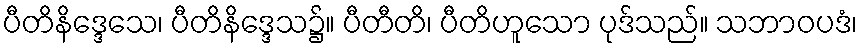
ပီတိနိဒ္ဒေသေ၊ ပီတိနိဒ္ဒေသ၌။ ပီတီတိ၊ ပီတိဟူသော ပုဒ်သည်။ သဘာဝပဒံ၊